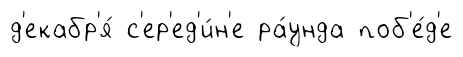
д'екабр'я́ с'ер'ед'и́н'е ра́унда поб'е́д'е